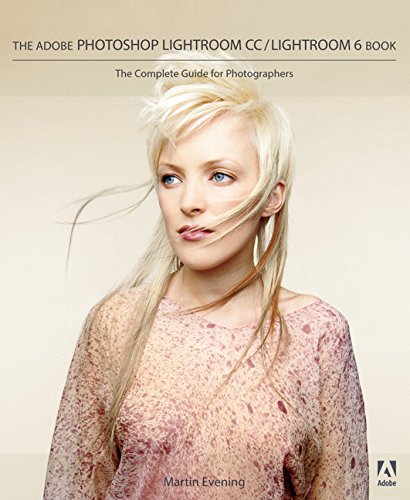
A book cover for The Adobe Photoshop Lightroom CC / Lightroom 6 Book: The Complete Guide for Photographers; Martin Evening; Arts & Photography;